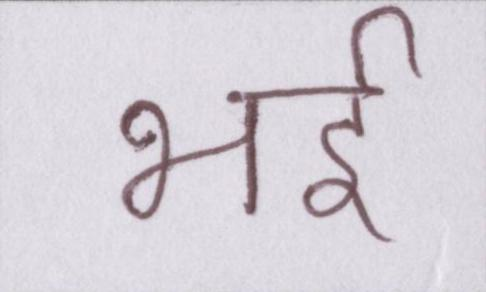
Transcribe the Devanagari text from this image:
भई